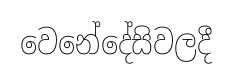
වෙනේදේසිවලදී